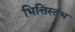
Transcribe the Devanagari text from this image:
भित्तिस्तंभ